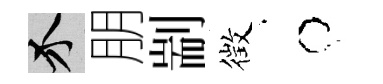
介朋剬徴牛